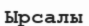
Ырсалы